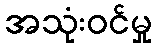
အသုံးဝင်မှု